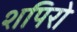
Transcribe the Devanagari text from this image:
शपिरो